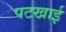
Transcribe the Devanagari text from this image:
पटखाई